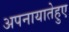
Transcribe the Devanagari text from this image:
अपनायातेहुए